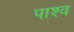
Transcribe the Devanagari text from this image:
पाश्व